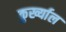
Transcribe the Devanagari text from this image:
कुर्ख्याल